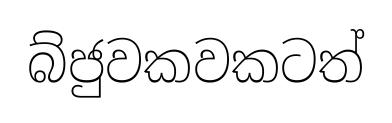
බ්ජුවකවකටත්